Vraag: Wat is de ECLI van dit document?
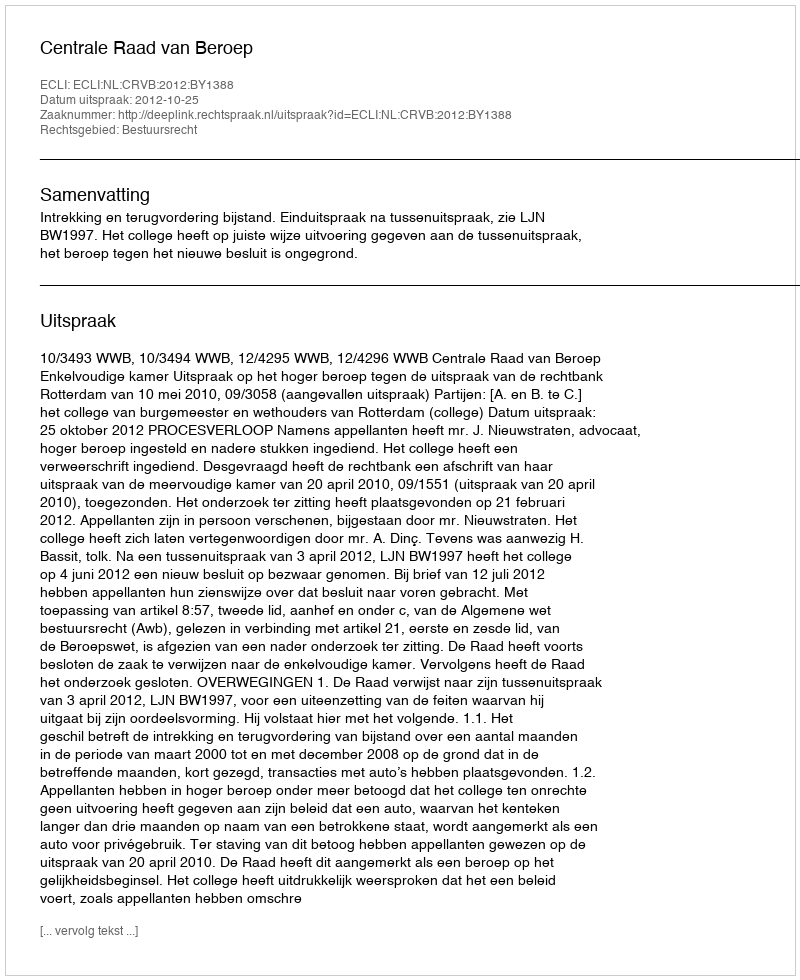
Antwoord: ECLI:NL:CRVB:2012:BY1388